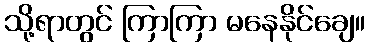
သို့ရာတွင် ကြာကြာ မနေနိုင်ချေ။